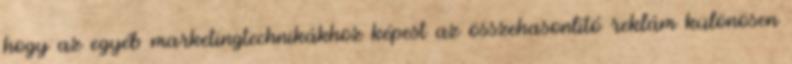
hogy az egyéb marketingtechnikákhoz képest az összehasonlító reklám különösen